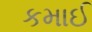
કમાઈ